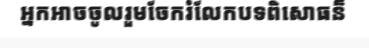
អ្នកអាចចូលរួមចែករំលែកបទពិសោធន៏